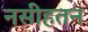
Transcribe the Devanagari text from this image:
नसीहतन